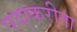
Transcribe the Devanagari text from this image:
पदाकरीता